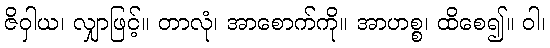
ဇိဝှါယ၊ လျှာဖြင့်။ တာလုံ၊ အာစောက်ကို။ အာဟစ္စ၊ ထိစေ၍။ ဝါ၊